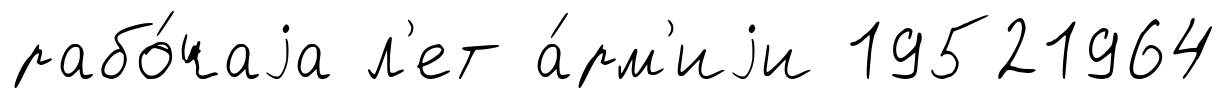
рабо́чаjа л'ет а́рм'иjи 19521964